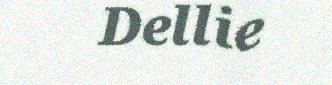
Dellie